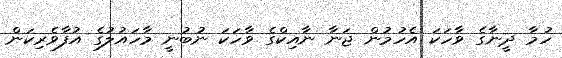
ހުމާ ދީނާގެ ވާހަކަ އެހުމުން ޖަނާ ނާއިކްގެ ވާހަކަ ނުބުނީ މާހައުލުގެ އުފާވެރިކަން